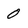
Character: 0